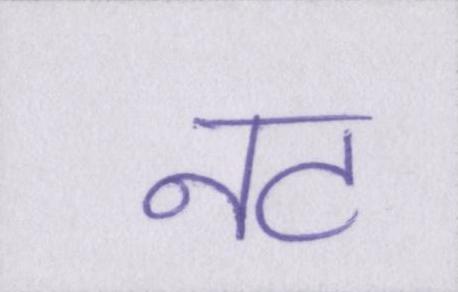
नट